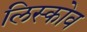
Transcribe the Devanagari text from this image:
लिस्कोव